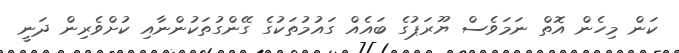
ކަން މިހެން އޮތް ނަމަވެސް ޔޫރަޕުގެ ބައެއް ގައުމުތަކުގެ ގޭންގުތަކުންނާއި ކުށްވެރިން ދަނީ